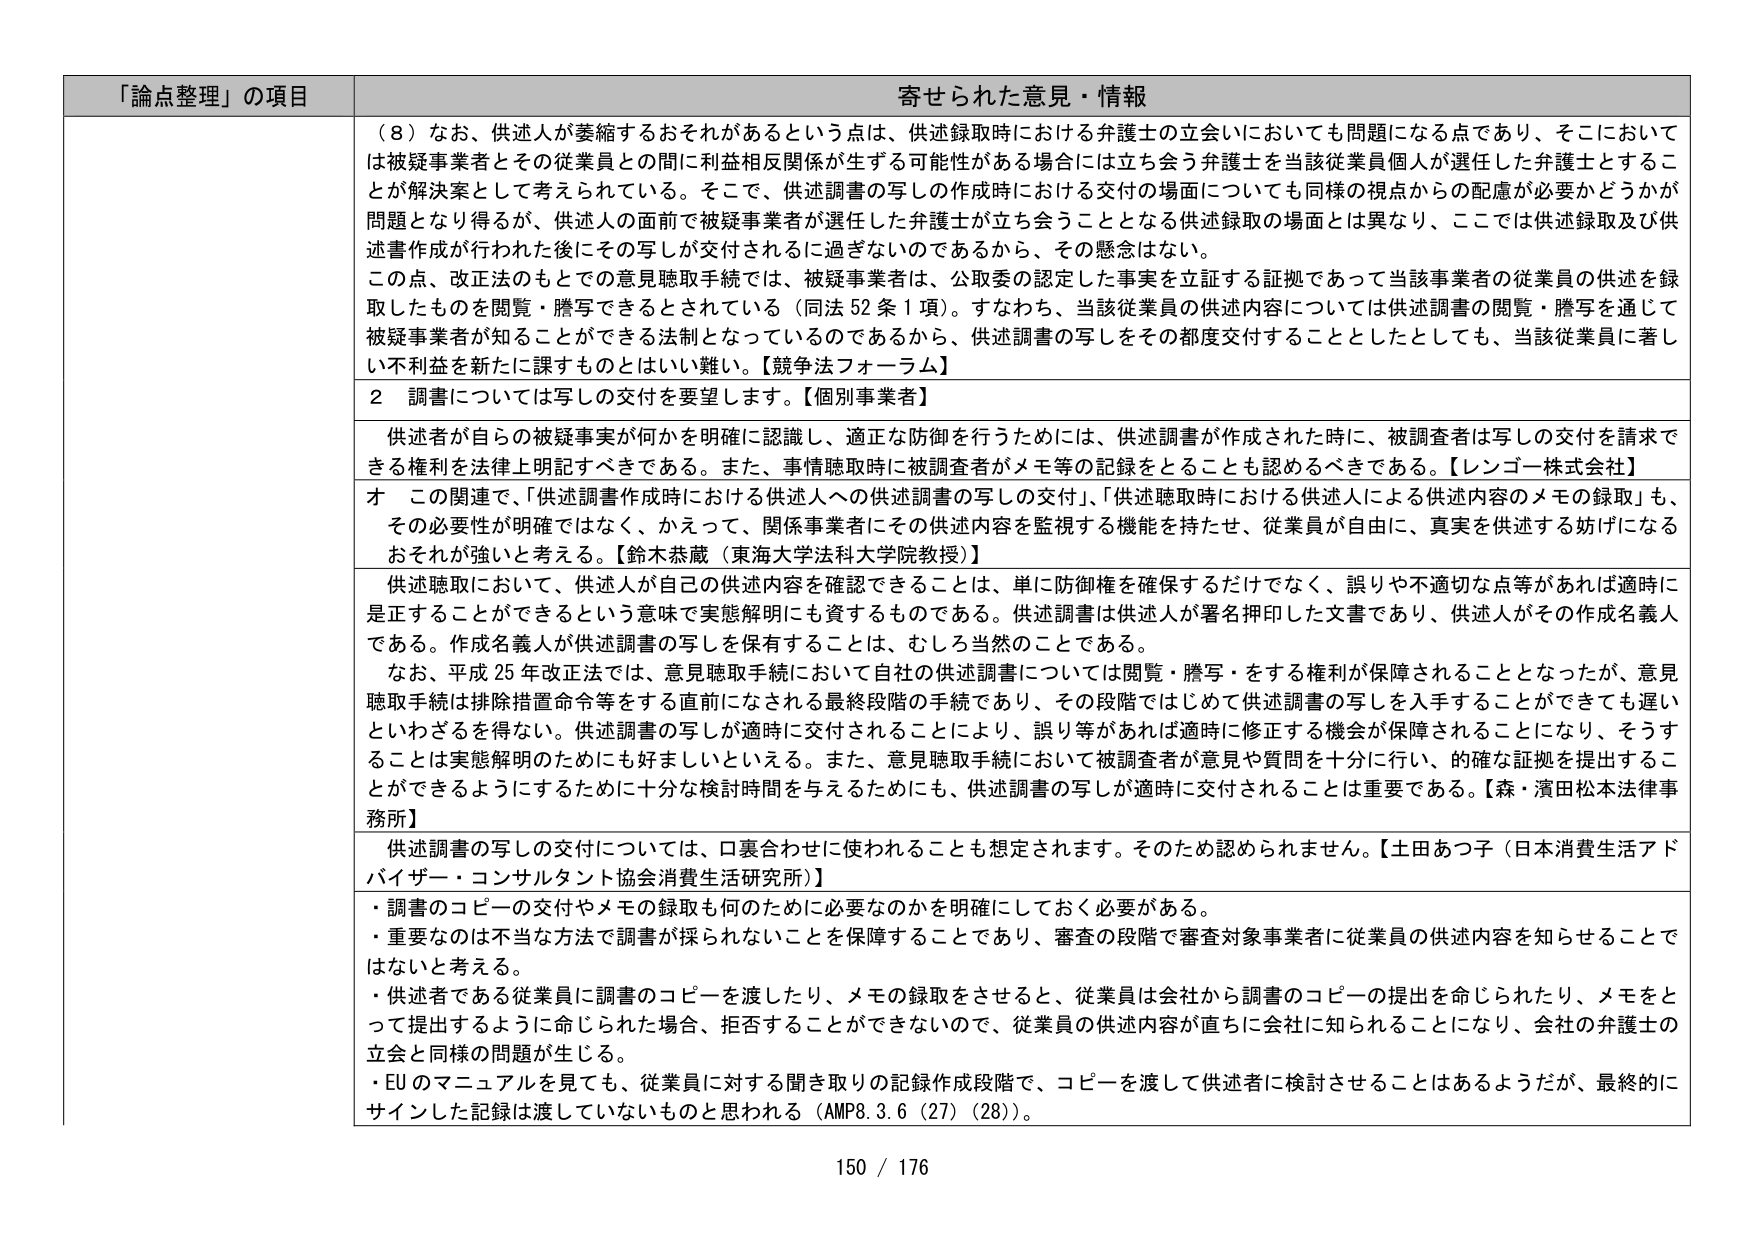
「論点整理」の項目 寄せられた意見・情報
（８）なお、供述人が萎縮するおそれがあるという点は、供述録取時における弁護士の立会いにおいても問題になる点であり、そこにおいては被疑事業者とその従業員との間に利益相反関係が生ずる可能性がある場合には立ち会う弁護士を当該従業員個人が選任した弁護士とすることが解決案として考えられている。そこで、供述調書の写しの作成時における交付の場面についても同様の視点からの配慮が必要かどうかが問題となり得るが、供述人の面前で被疑事業者が選任した弁護士が立ち会うこととなる供述録取の場面とは異なり、ここでは供述録取及び供述書作成が行われた後にその写しが交付されるに過ぎないのであるから、その懸念はない。
この点、改正法のもとでの意見聴取手続では、被疑事業者は、公取委の認定した事実を立証する証拠であって当該事業者の従業員の供述を録取したものを閲覧・謄写できるとされている（同法52条1項）。すなわち、当該従業員の供述内容については供述調書の閲覧・謄写を通じて被疑事業者が知ることができる法制となっているのであるから、供述調書の写しをその都度交付することとしたとしても、当該従業員に著しい不利益を新たに課すものとはいい難い。【競争法フォーラム】
２ 調書については写しの交付を要望します。【個別事業者】
供述者が自らの被疑事実が何かを明確に認識し、適正な防御を行うためには、供述調書が作成された時に、被調査者は写しの交付を請求できる権利を法律上明記すべきである。また、事情聴取時に被調査者がメモ等の記録をとることも認めるべきである。【レンゴー株式会社】
オ この関連で、「供述調書作成時における供述人への供述調書の写しの交付」、「供述聴取時における供述人による供述内容のメモの録取」も、その必要性が明確ではなく、かえって、関係事業者にその供述内容を監視する機能を持たせ、従業員が自由に、真実を供述する妨げになるおそれが強いと考える。【鈴木恭蔵（東海大学法科大学院教授）】
供述聴取において、供述人が自己の供述内容を確認できることは、単に防御権を確保するだけでなく、誤りや不適切な点等があれば適時に是正することができるという意味で実態解明にも資するものである。供述調書は供述人が署名押印した文書であり、供述人がその作成名義人である。作成名義人が供述調書の写しを保有することは、むしろ当然のことである。
なお、平成25年改正法では、意見聴取手続において自社の供述調書については閲覧・謄写・をする権利が保障されることとなったが、意見聴取手続は排除措置命令等をする直前になされる最終段階の手続であり、その段階ではじめて供述調書の写しを入手することができても遅といわざるを得ない。供述調書の写しが適時に交付されることにより、誤り等があれば適時に修正する機会が保障されることになり、そうすることは実態解明のためにも好ましいといえる。また、意見聴取手続において被調査者が意見や質問を十分に行い、的確な証拠を提出することができるようにするために十分な検討時間を与えるためにも、供述調書の写しが適時に交付されることは重要である。【森・濱田松本法律事務所】
供述調書の写しの交付については、口裏合わせに使われることも想定されます。そのため認められません。【土田あつ子（日本消費生活アドバイザー・コンサルタント協会消費生活研究所）】
・調書のコピーの交付やメモの録取も何のために必要なのかを明確にしておく必要がある。
・重要なのは不当な方法で調書が採られないことを保障することであり、審査の段階で審査対象事業者に従業員の供述内容を知らせることではないと考える。
・供述者である従業員に調書のコピーを渡したり、メモの録取をさせると、従業員は会社から調書のコピーの提出を命じられたり、メモをとって提出するように命じられた場合、拒否することができないので、従業員の供述内容が直ちに会社に知られることになり、会社の弁護士の立会と同様の問題が生じる。
・EUのマニュアルを見ても、従業員に対する聞き取りの記録作成段階で、コピーを渡して供述者に検討させることはあるようだが、最終的にサインした記録は渡していないものと思われる（AMP8.3.6（27）（28））。
150 / 176